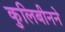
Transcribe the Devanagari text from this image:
कुलिबीनने